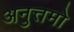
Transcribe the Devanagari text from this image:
अनुत्तमो